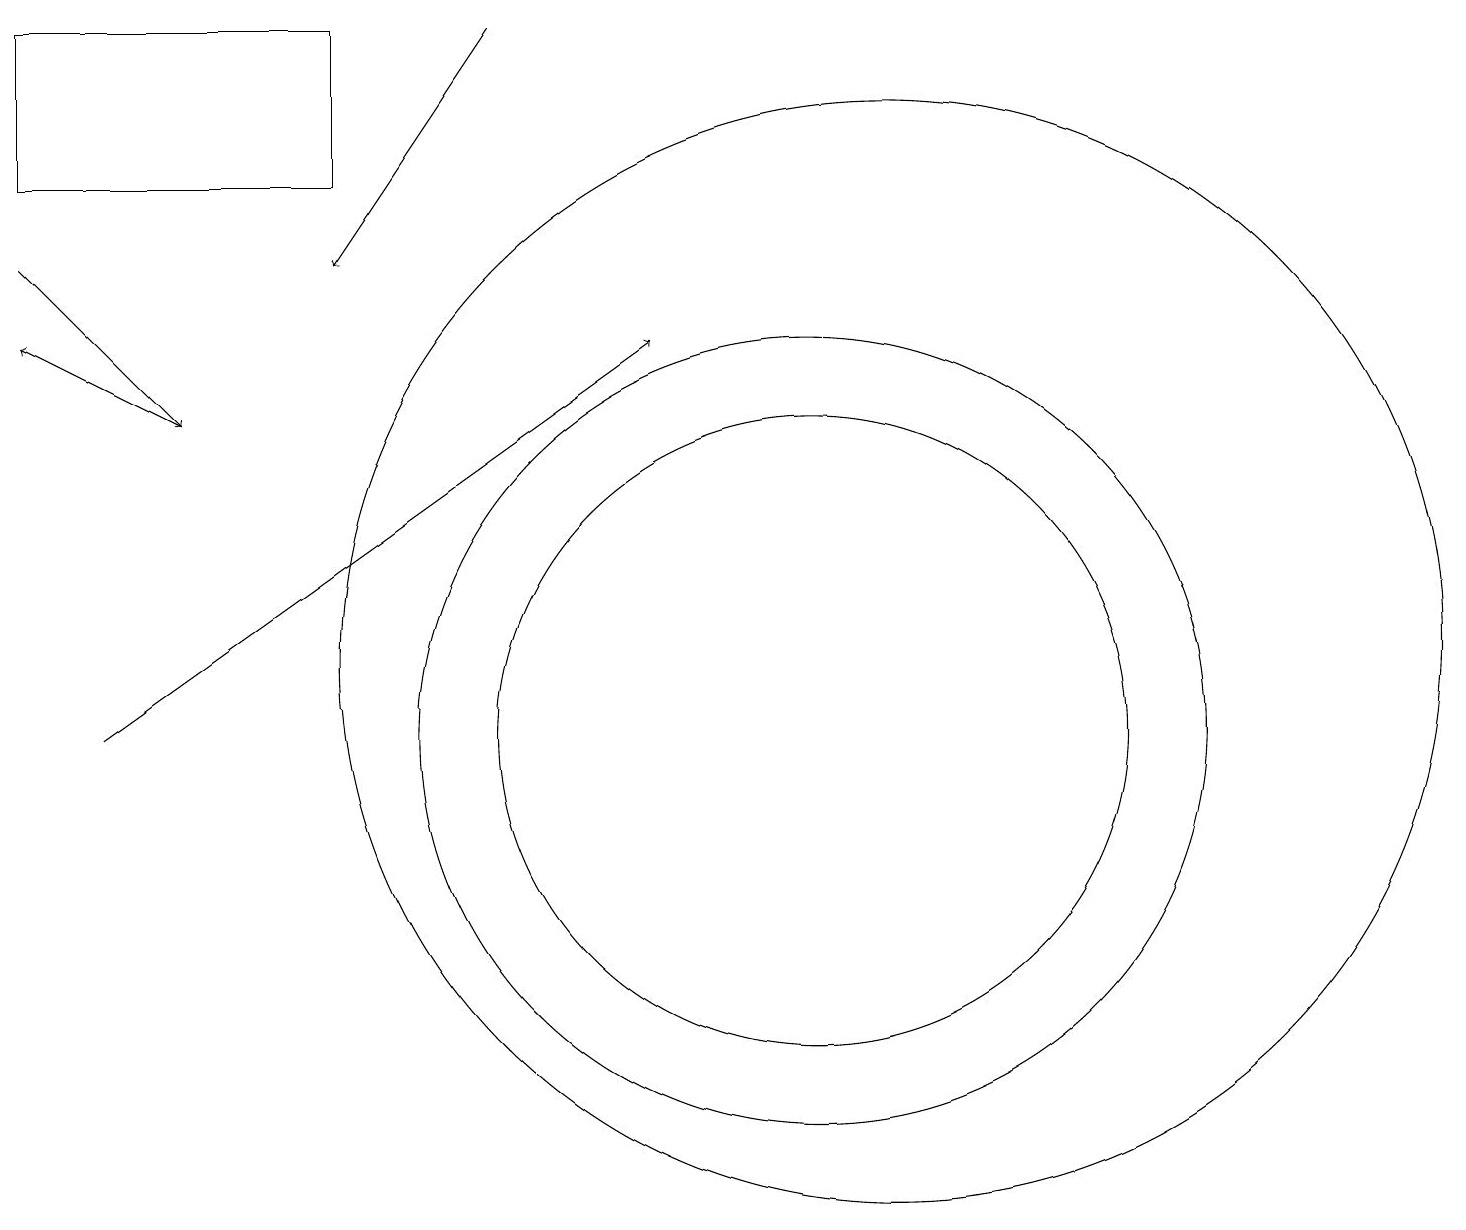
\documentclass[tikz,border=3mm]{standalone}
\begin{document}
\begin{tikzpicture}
\draw (12,11) circle (7);
\draw[->] (7,19) -- (5,16);
\draw[->] (2,10) -- (9,15);
\draw[->] (1,16) -- (3,14);
\draw (5,17) rectangle (1,19);
\draw[->] (3,14) -- (1,15);
\draw (11,10) circle (5);
\draw (11,10) circle (4);
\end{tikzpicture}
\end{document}